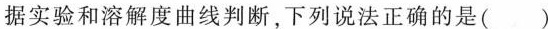
据实验和溶解度曲线判断，下列说法正确的是()